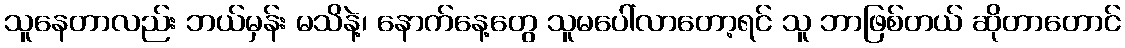
သူနေတာလည်း ဘယ်မှန်း မသိနဲ့၊ နောက်နေ့တွေ သူမပေါ်လာတော့ရင် သူ ဘာဖြစ်တယ် ဆိုတာတောင်